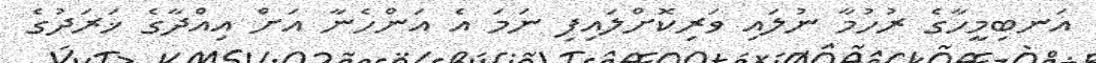
އަނބިމީހާގެ ރުހުމާ ނުލައި ވަރިކޮށްލައިފި ނަމަ އެ އަންހެނާ އަށް އިއްދާގެ ޚަރަދުގެ